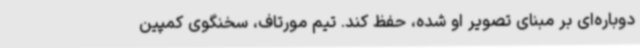
دوباره‌ای بر مبنای تصویر او شده، حفظ کند. تیم مورتاف، سخنگوی کمپین